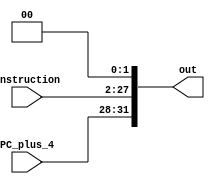
module jump_address_constructor(input [25:0] instruction, input [31:28] PC_plus_4, output reg [31:0] out);
    always @(*)
        out = {PC_plus_4, ({2'b00, instruction}<<2)};
endmodule